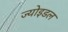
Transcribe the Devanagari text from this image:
ज्योइडल